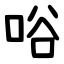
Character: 唂